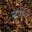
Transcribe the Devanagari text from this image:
ग्रूवीन